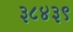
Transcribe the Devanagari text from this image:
३८४३९